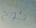
كوخ